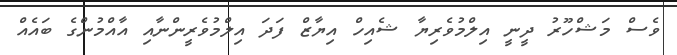
ވެސް މަޝްހޫރު ދީނީ އިލްމުވެރިޔާ ޝެއިހް އިޔާޒް ފަދަ އިލްމުވެރީންނާއި އާއްމުންގެ ބައެއް